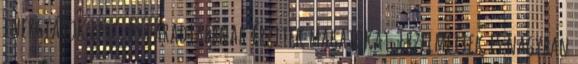
energiátok lesz, és fáradtabbnak érzitek magatokat. Érzelmeitek is nagyban